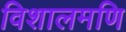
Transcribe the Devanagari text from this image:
विशालमणि